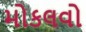
મોકલવો